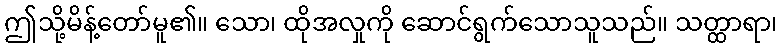
ဤသို့မိန့်တော်မူ၏။ သော၊ ထိုအလှုကို ဆောင်ရွက်သောသူသည်။ သတ္ထာရာ၊